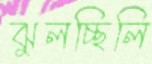
ঝুলচ্ছিলি